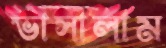
ভাসালাম